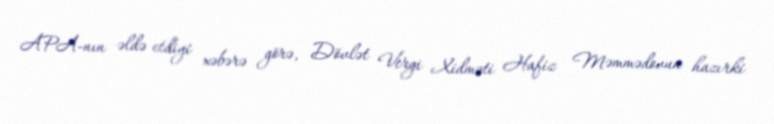
APA-nın əldə etdiyi xəbərə görə, Dövlət Vergi Xidməti Hafiz Məmmədovun hazırki